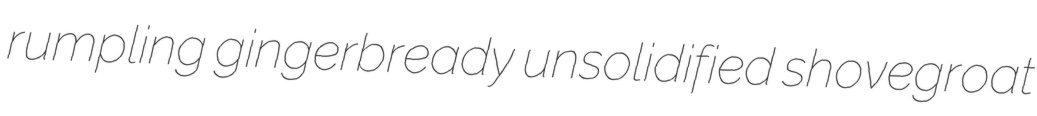
rumpling gingerbready unsolidified shovegroat